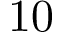
1 0